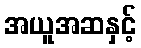
အယူအဆနှင့်